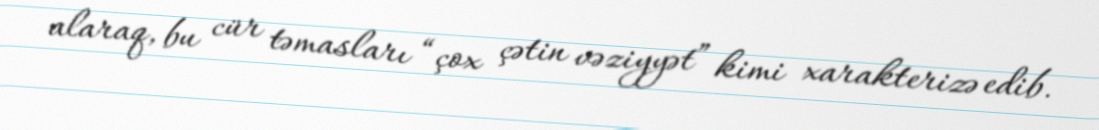
alaraq, bu cür təmasları “çox çətin vəziyyət” kimi xarakterizə edib.